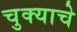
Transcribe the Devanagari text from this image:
चुक्याचे